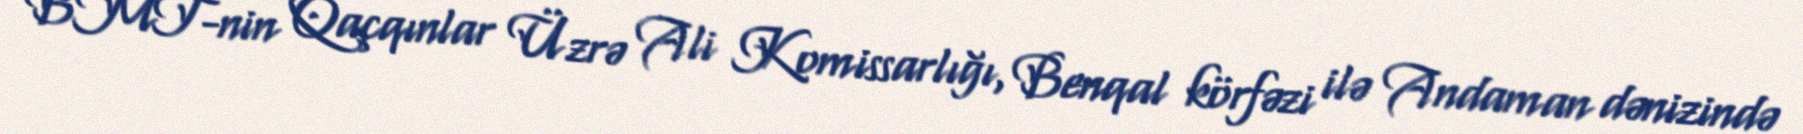
BMT-nin Qaçqınlar Üzrə Ali Komissarlığı, Benqal körfəzi ilə Andaman dənizində